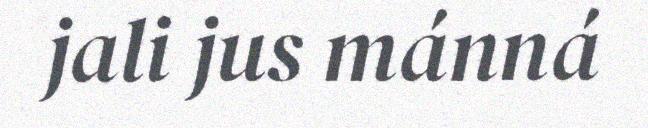
jali jus mánná